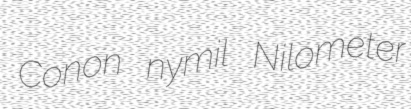
Conon nymil Nilometer